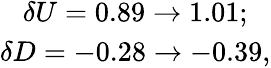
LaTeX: \begin{array}{clcr}{{\delta U=0.89\to 1.01;}}\\ {{\delta D=-0.28\to-0.39,}}\end{array}